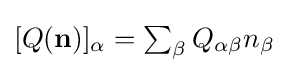
{\textstyle [Q(\mathbf {n} )]_{\alpha }=\sum _{\beta }Q_{\alpha \beta }n_{\beta }}